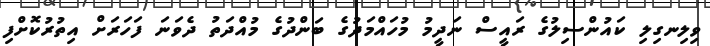
ވިލިނގިލި ކައުންސިލުގެ ރައީސް ނަދީމު މުހައްމަދުގެ ބަންދުގެ މުއްދަތު ދެވަނަ ފަހަރަށް އިތުރުކޮށްފި